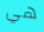
هي